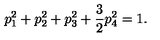
p _ { 1 } ^ { 2 } + p _ { 2 } ^ { 2 } + p _ { 3 } ^ { 2 } + \frac { 3 } { 2 } p _ { 4 } ^ { 2 } = 1 .